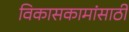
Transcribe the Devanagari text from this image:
विकासकामांसाठी